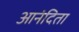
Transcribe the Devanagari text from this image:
आनंदिता